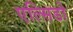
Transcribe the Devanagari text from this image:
एल्सिडो